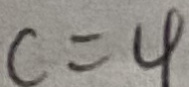
c = 4